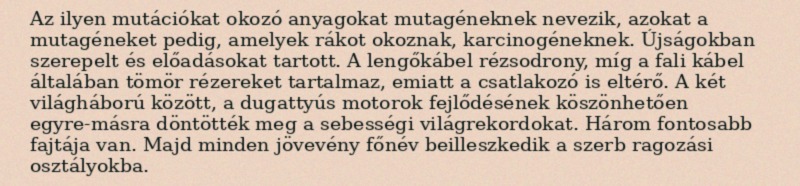
Az ilyen mutációkat okozó anyagokat mutagéneknek nevezik, azokat a mutagéneket pedig, amelyek rákot okoznak, karcinogéneknek. Újságokban szerepelt és előadásokat tartott. A lengőkábel rézsodrony, míg a fali kábel általában tömör rézereket tartalmaz, emiatt a csatlakozó is eltérő. A két világháború között, a dugattyús motorok fejlődésének köszönhetően egyre-másra döntötték meg a sebességi világrekordokat. Három fontosabb fajtája van. Majd minden jövevény főnév beilleszkedik a szerb ragozási osztályokba.